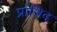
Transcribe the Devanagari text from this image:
प्रासिद